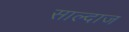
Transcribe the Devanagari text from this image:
साल्दाज